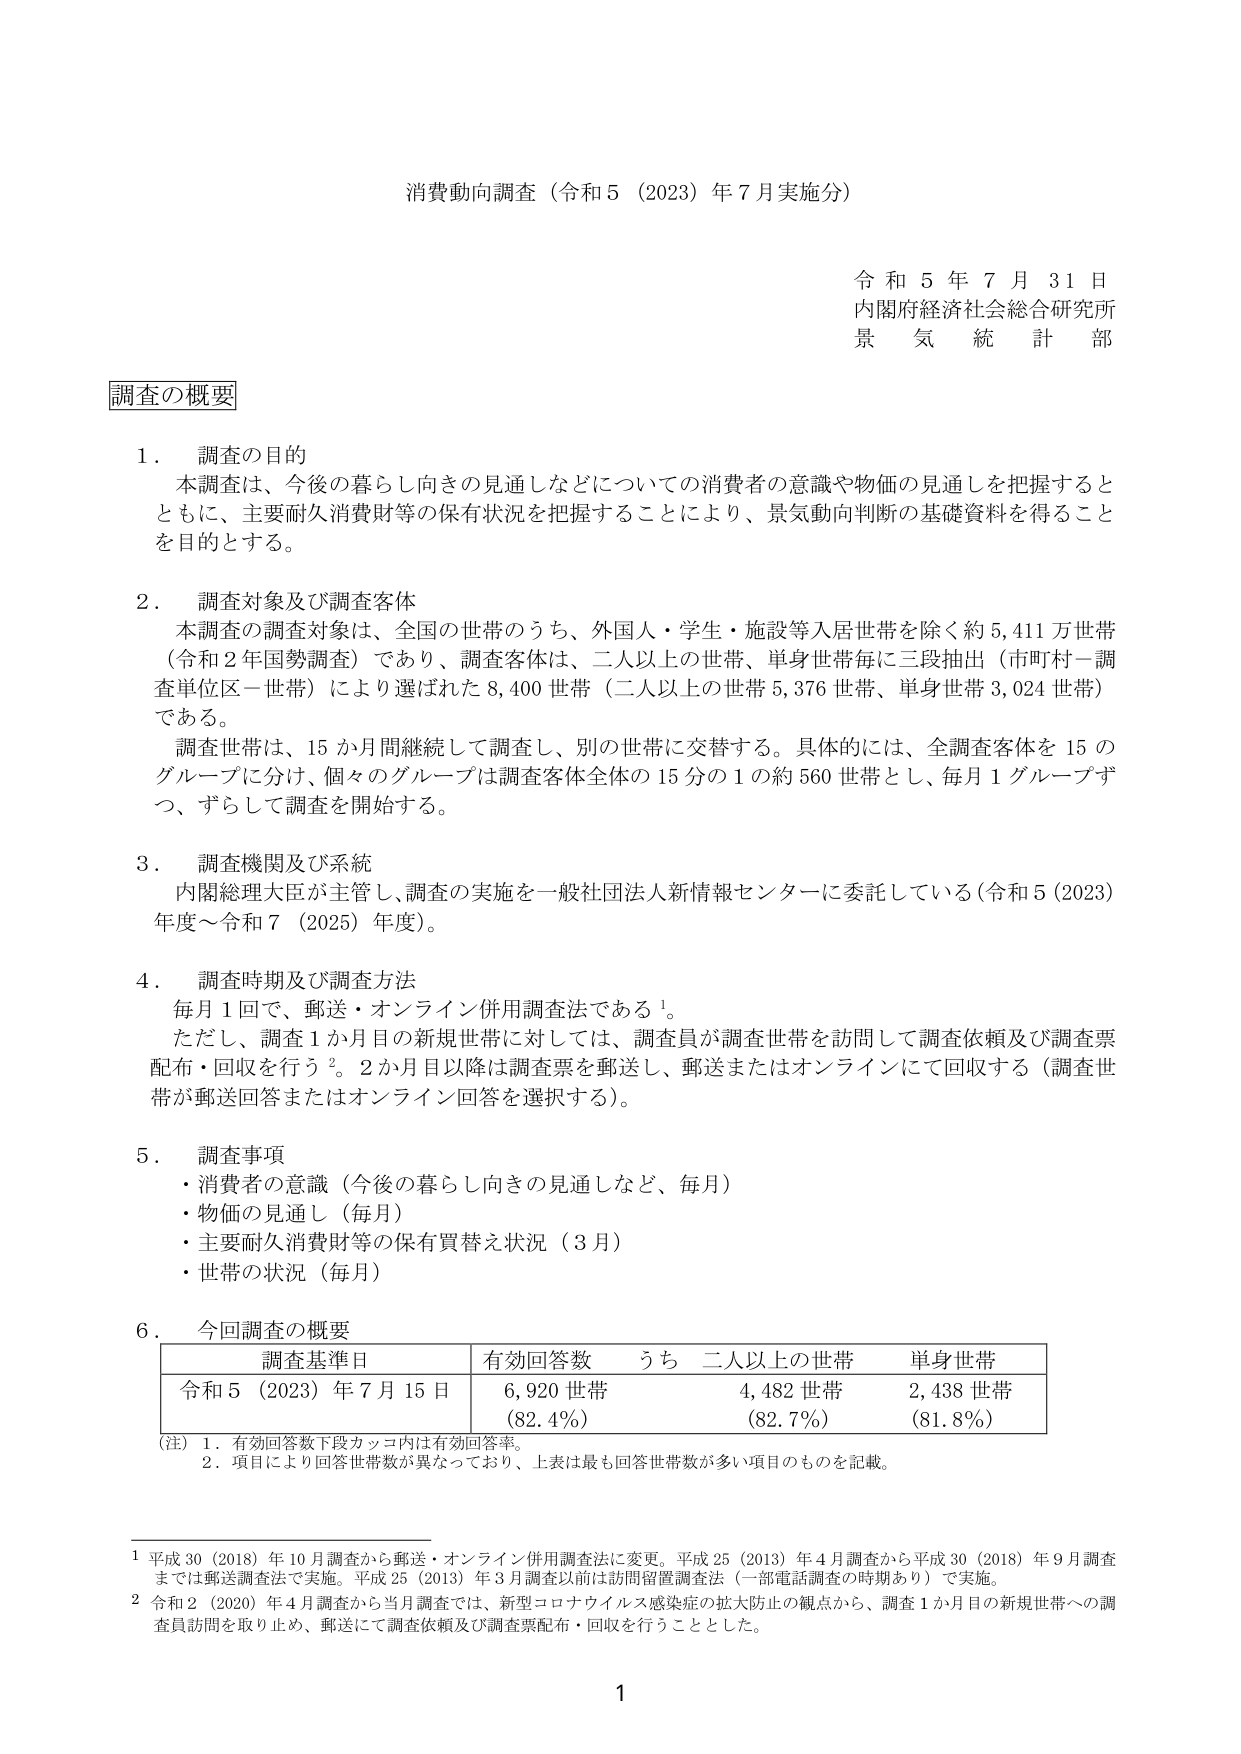
消費動向調査（令和5（2023）年7月実施分）

令和5年7月31日
内閣府経済社会総合研究所
景気統計部

調査の概要

1．調査の目的
本調査は、今後の暮らし向きの見通しなどについての消費者の意識や物価の見通しを把握するとともに、主要耐久消費財等の保有状況を把握することにより、景気動向判断の基礎資料を得ることを目的とする。

2．調査対象及び調査客体
本調査の調査対象は、全国の世帯のうち、外国人・学生・施設等入居世帯を除く約5,411万世帯（令和2年国勢調査）であり、調査客体は、二人以上の世帯、単身世帯毎に三段抽出（市町村－調査単位区－世帯）により選ばれた8,400世帯（二人以上の世帯5,376世帯、単身世帯3,024世帯）である。
調査世帯は、15か月間継続して調査し、別の世帯に交替する。具体的には、全調査客体を15のグループに分け、個々のグループは調査客体全体の15分の1の約560世帯とし、毎月1グループずつ、ずらして調査を開始する。

3．調査機関及び系統
内閣総理大臣が主管し、調査の実施を一般社団法人新情報センターに委託している（令和5（2023）年度～令和7（2025）年度）。

4．調査時期及び調査方法
毎月1回で、郵送・オンライン併用調査法である¹。
ただし、調査1か月目の新規世帯に対しては、調査員が調査世帯を訪問して調査依頼及び調査票配布・回収を行う²。2か月目以降は調査票を郵送し、郵送またはオンラインにて回収する（調査世帯が郵送回答またはオンライン回答を選択する）。

5．調査事項
・消費者の意識（今後の暮らし向きの見通しなど、毎月）
・物価の見通し（毎月）
・主要耐久消費財等の保有買替え状況（3月）
・世帯の状況（毎月）

6．今回調査の概要
| 調査基準日 | 有効回答数 | うち 二人以上の世帯 | 単身世帯 |
|------------|------------|---------------------|----------|
| 令和5（2023）年7月15日 | 6,920世帯（82.4%） | 4,482世帯（82.7%） | 2,438世帯（81.8%） |

（注）1．有効回答数下段カッコ内は有効回答率。
　　2．項目により回答世帯数が異なっており、上表は最も回答世帯数が多い項目のものを記載。

¹ 平成30（2018）年10月調査から郵送・オンライン併用調査法に変更。平成25（2013）年4月調査から平成30（2018）年9月調査までは郵送調査法で実施。平成25（2013）年3月調査以前は訪問留置調査法（一部電話調査の時期あり）で実施。
² 令和2（2020）年4月調査から当月調査では、新型コロナウイルス感染症の拡大防止の観点から、調査1か月目の新規世帯への調査員訪問を取り止め、郵送にて調査依頼及び調査票配布・回収を行うこととした。

1